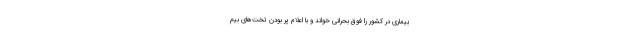
بیماری در کشور را فوق بحرانی خواند و با اعلام پر بودن تخت‌های بیم